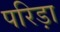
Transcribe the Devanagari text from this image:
परिड़ा